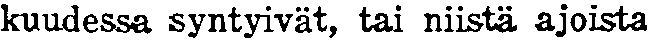
kuudessa syntyivät, tai niistä ajoista